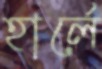
হার্লে